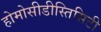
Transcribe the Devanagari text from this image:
होमोसीडीस्तिसिटी